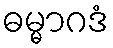
ဓမ္မာဂဒံ